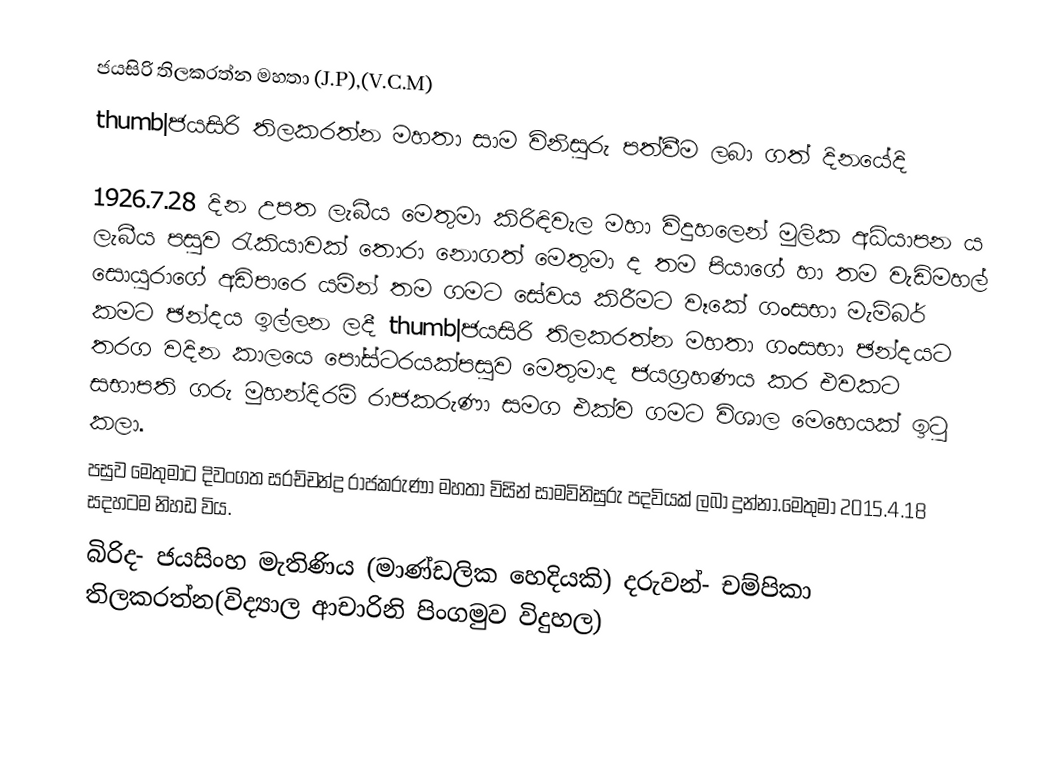
ජයසිරි තිලකරත්න මහතා (J.P),(V.C.M)
thumb|ජයසිරි තිලකරත්න මහතා සාම විනිසුරු පත්වීම ලබා ගත් දිනයේදි

1926.7.28 දින උපත ලැබීය මෙතුමා කිරිඳිවැල මහා විදුහලෙන් මුලික අධ්යාපන ය ලැබීය පසුව රැකියාවක් තොරා නොගත් මෙතුමා ද තම පියාගේ හා තම වැඩිමහල් සොයුරාගේ අඩිපාරෙ යමින් තම ගමට සේවය කිරීමට වෑකේ ගංසභා මැම්බර් කමට ඡන්දය ඉල්ලන ලදී thumb|ජයසිරි තිලකරත්න මහතා ගංසභා ඡන්දයට තරග වදින කාලයෙ පෝස්ටරයක්පසුව මෙතුමාද ජයග්‍රහණය කර එවකට සභාපති ගරු මුහන්දිරම් රාජකරුණා සමග එක්ව ගමට විශාල මෙහෙයක් ඉටු කලා.
පසුව මෙතුමාට දිවංගත සරච්චන්ද්‍ර රාජකරුණා මහතා විසින් සාමවිනිසුරු පදවියක් ලබා දුන්නා.මෙතුමා 2015.4.18 සදහටම නිහඩ විය.
බිරිද- ජයසිංහ මැතිණිය (මාණ්ඩලික හෙදියකි) දරුවන්- චම්පිකා තිලකරත්න(විද්‍යාල ආචාරිනි පිංගමුව විදුහල)